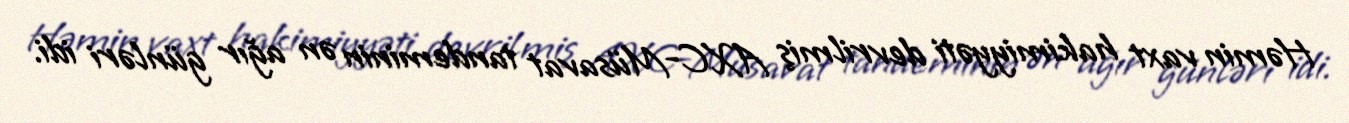
Həmin vaxt hakimiyyəti devrilmiş AXC-Müsavat tandeminin ən ağır günləri idi.